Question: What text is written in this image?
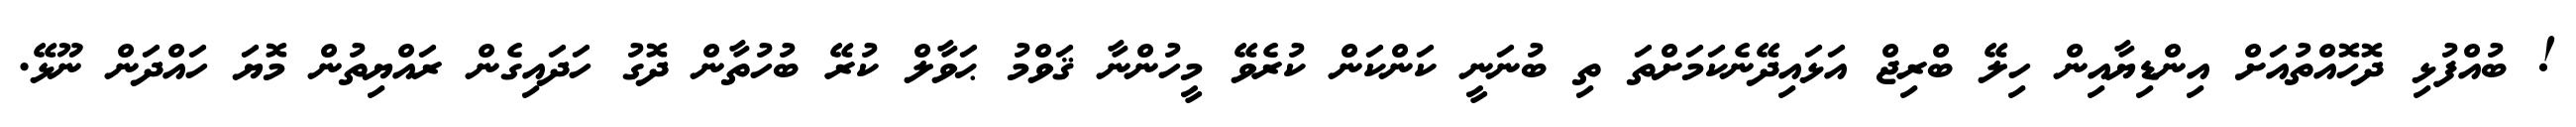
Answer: ! ބުއްފުޅި ދޮހޮއްތުއަށް އިންޑިޔާއިން ހިލޭ ބްރިޖް އަޅައިދޭނެކަމަށްތަ ތި ބުނަނީ ކަންކަން ކުރެވޭ މީހުންނާ ޤަވްމު ޙަވާލް ކުރޭ ބުހުތާން ދޮގު ހަދައިގެން ރައްޔިތުން މޮޔަ ހައްދަން ނޫޅޭ.